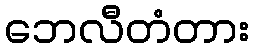
ဘေလီတံတား